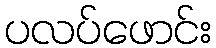
ပလပ်ဖောင်း